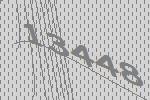
13448